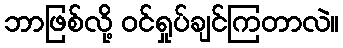
ဘာဖြစ်လို့ ဝင်ရှုပ်ချင်ကြတာလဲ။